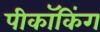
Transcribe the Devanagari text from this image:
पीकॉकिंग